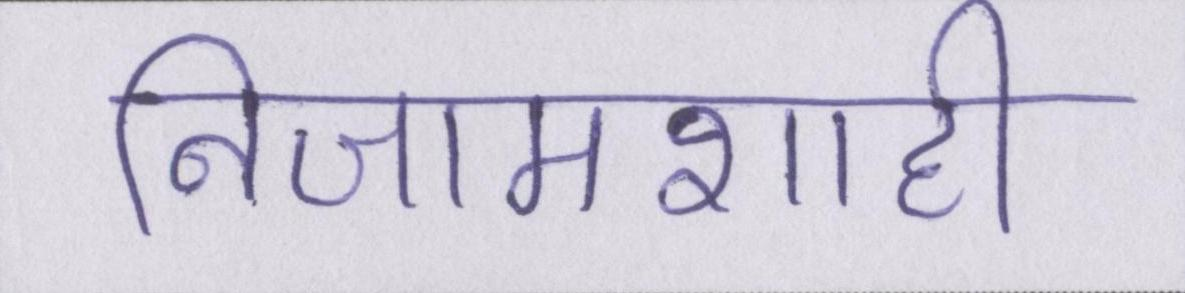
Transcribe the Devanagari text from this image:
निजामशाही